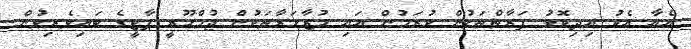
އެއާ އެކު އިދިކޮޅު ފަރާތްތަކުން ކުރަމުން އައި މުޒާހަރާތަކުން ޖުމްހޫރީ ޕާޓީގެ ބައިވެރިވުން